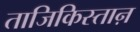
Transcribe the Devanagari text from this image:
ताजिकिस्ताऩ